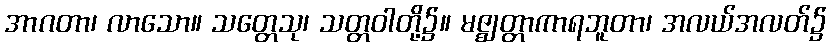
အာဂတာ၊ လာသော။ သတ္တေသု၊ သတ္တဝါတို့၌။ မဇ္ဈတ္တာကာရဘူတာ၊ အလယ်အလတ်၌